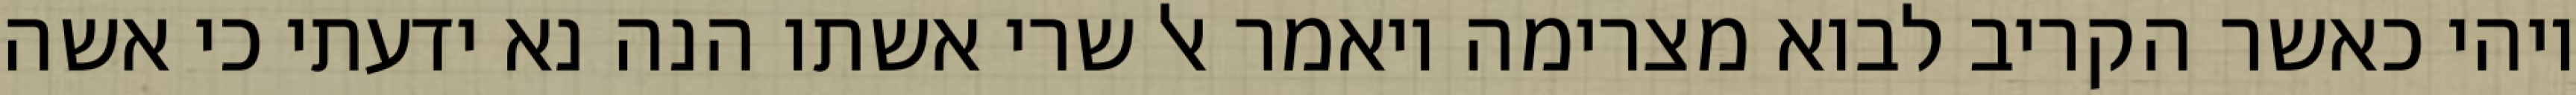
ויהי כאשר הקריב לבוא מצרימה ויאמר אל שרי אשתו הנה נא ידעתי כי אשה